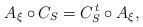
LaTeX: \begin{align*}A_\xi \circ C_S=C_S^{\,t}\circ A_\xi,\end{align*}